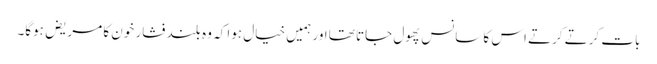
بات کرتے کرتے اس کا سانس پھول جاتا تھا اور ہمیں خیال ہوا کہ وہ بلند فشار خون کا مریض ہوگا۔